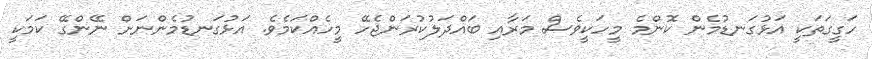
ހަގީގަތަކީ އަޅުގަނޑުމެން ކޮންމެ މީހަކީވެސް މަރާއި ބައްދަލުކުރަންޖެހޭ މީހެއްކަމެވެ. އަޅުގަނޑުމެންނަށް ނޭންގޭ ކަމަކީ